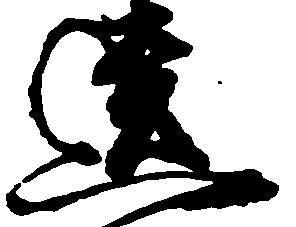
遺